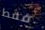
فقط